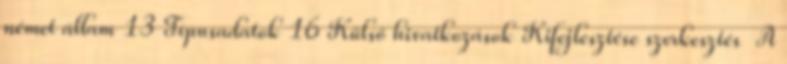
német állam 13 Típusadatok 16 Külső hivatkozások Kifejlesztése szerkesztés A